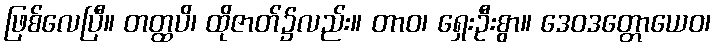
ဖြစ်လေပြီ။ တတ္ထပိ၊ ထိုဇာတ်၌လည်း။ တာဝ၊ ရှေးဦးစွာ။ ဒေဝဒတ္တောယေဝ၊